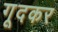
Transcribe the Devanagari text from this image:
गूदकर